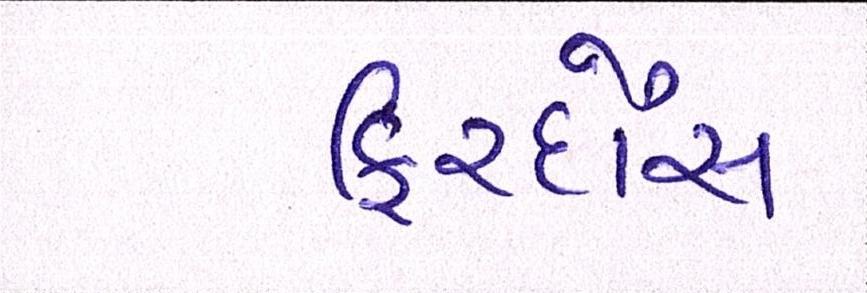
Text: ફિરદૌસ